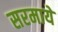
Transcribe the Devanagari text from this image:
सरमाये